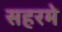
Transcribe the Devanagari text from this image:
सहरमे